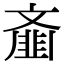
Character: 齑